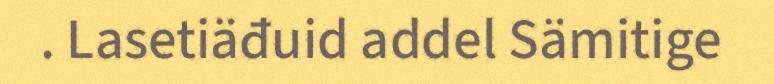
. Lasetiäđuid addel Sämitige